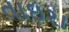
તાઇરા